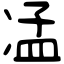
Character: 𠗠